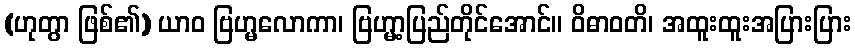
(ဟုတွာ ဖြစ်၏) ယာဝ ဗြဟ္မလောကာ၊ ဗြဟ္မာ့ပြည်တိုင်အောင်။ ဝိဓာဝတိ၊ အထူးထူးအပြားပြား